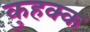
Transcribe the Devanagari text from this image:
कुहक्क